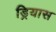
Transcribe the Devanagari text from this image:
ड्रियास